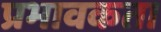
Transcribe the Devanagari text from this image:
प्रभावकता